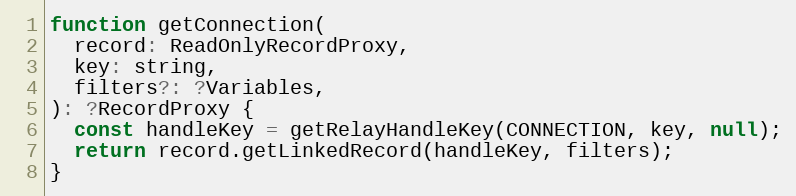
Language: JavaScript
function getConnection(
  record: ReadOnlyRecordProxy,
  key: string,
  filters?: ?Variables,
): ?RecordProxy {
  const handleKey = getRelayHandleKey(CONNECTION, key, null);
  return record.getLinkedRecord(handleKey, filters);
}